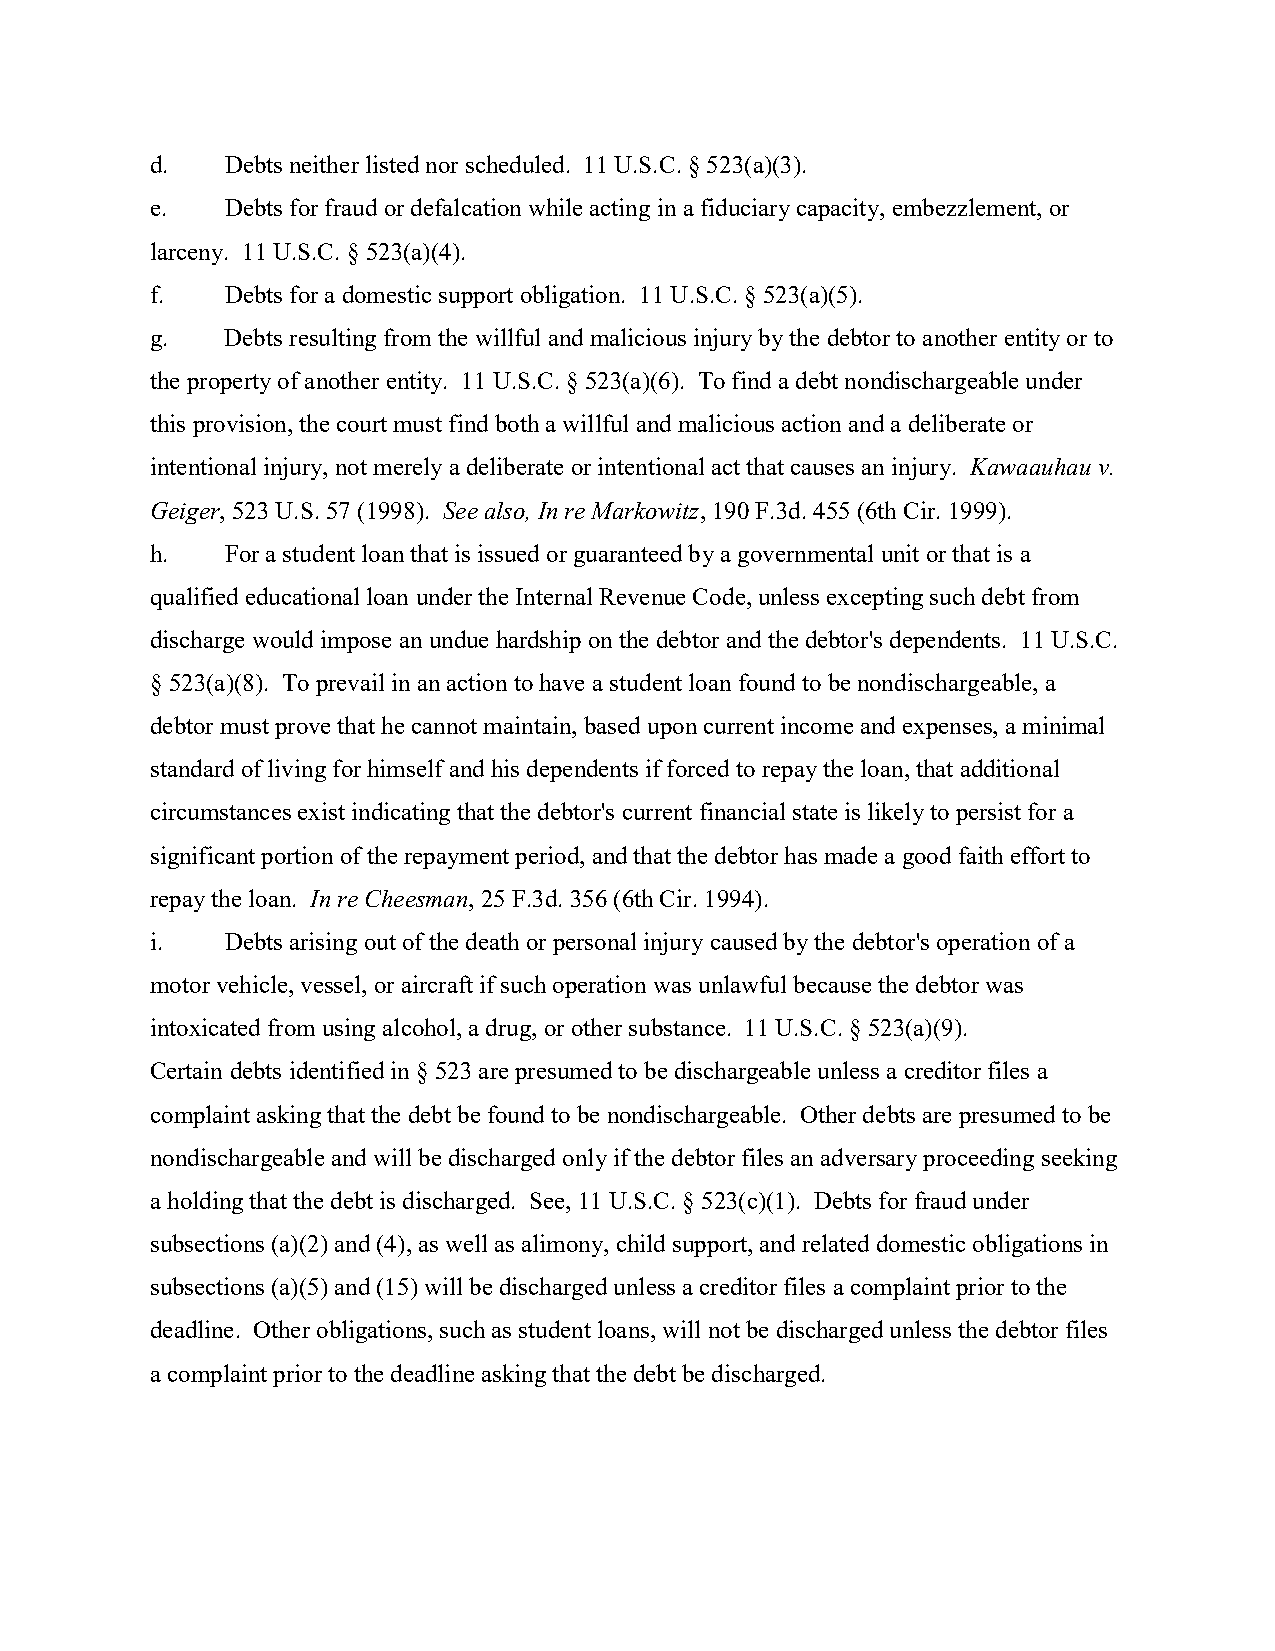
d.   Debts neither listed nor scheduled. 11 U.S.C. § 523(a)(3).
 e.   Debts for fraud or defalcation while acting in a fiduciary capacity, embezzlement, or
 larceny. 11 U.S.C. § 523(a)(4).
 f.   Debts for a domestic support obligation. 11 U.S.C. § 523(a)(5).
 g.   Debts resulting from the willful and malicious injury by the debtor to another entity or to
 the property of another entity. 11 U.S.C. § 523(a)(6). To find a debt nondischargeable under
 this provision, the court must find both a willful and malicious action and a deliberate or
 intentional injury, not merely a deliberate or intentional act that causes an injury. Kawaauhau v.
 Geiger, 523 U.S. 57 (1998). See also, In re Markowitz, 190 F.3d. 455 (6th Cir. 1999).
 h.   For a student loan that is issued or guaranteed by a governmental unit or that is a
 qualified educational loan under the Internal Revenue Code, unless excepting such debt from
 discharge would impose an undue hardship on the debtor and the debtor's dependents. 11 U.S.C.
 § 523(a)(8). To prevail in an action to have a student loan found to be nondischargeable, a
 debtor must prove that he cannot maintain, based upon current income and expenses, a minimal
 standard of living for himself and his dependents if forced to repay the loan, that additional
 circumstances exist indicating that the debtor's current financial state is likely to persist for a
 significant portion of the repayment period, and that the debtor has made a good faith effort to
 repay the loan. In re Cheesman, 25 F.3d. 356 (6th Cir. 1994).
 i.   Debts arising out of the death or personal injury caused by the debtor's operation of a
 motor vehicle, vessel, or aircraft if such operation was unlawful because the debtor was
 intoxicated from using alcohol, a drug, or other substance. 11 U.S.C. § 523(a)(9).
 Certain debts identified in § 523 are presumed to be dischargeable unless a creditor files a
 complaint asking that the debt be found to be nondischargeable. Other debts are presumed to be
 nondischargeable and will be discharged only if the debtor files an adversary proceeding seeking
 a holding that the debt is discharged. See, 11 U.S.C. § 523(c)(1). Debts for fraud under
 subsections (a)(2) and (4), as well as alimony, child support, and related domestic obligations in
 subsections (a)(5) and (15) will be discharged unless a creditor files a complaint prior to the
 deadline. Other obligations, such as student loans, will not be discharged unless the debtor files
 a complaint prior to the deadline asking that the debt be discharged.